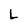
Character: L